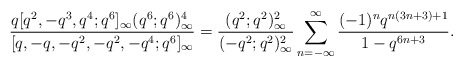
\begin{align*}\frac{q[q^{2},-q^3,q^{4};q^{6}]_\infty(q^{6};q^{6})^4_\infty}{[q,-q,-q^2,-q^{2},-q^4;q^{6}]_\infty}&=\frac{(q^2;q^2)_\infty^2}{(-q^2;q^2)_\infty^2}\sum_{n=-\infty}^\infty \frac{(-1)^nq^{n(3n+3)+1}}{1-q^{6n+3}}. \end{align*}